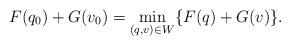
LaTeX: \begin{align*} F(q_0)+G(v_0)=\min_{(q,v)\in W} \{F(q)+G(v)\}. \end{align*}